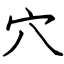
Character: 穴